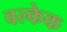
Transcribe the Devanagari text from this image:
वल्केक